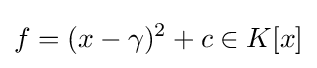
f=(x-\gamma )^{2}+c\in K[x]